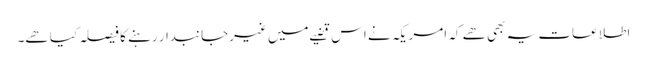
اطلاعات یہ بھی ھے کہ امریکہ نے اس قضیے میں غیرجانبدار رہنے کا فیصلہ کیا ھے۔